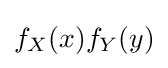
f_{X}(x)f_{Y}(y)